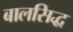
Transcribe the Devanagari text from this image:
बालसिद्ध